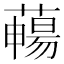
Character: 𦿄